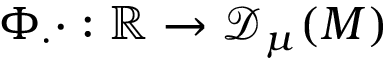
\Phi _ { \cdot } \cdot : \mathbb { R } \to { \mathscr { D } _ { \mu } ( M ) }